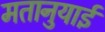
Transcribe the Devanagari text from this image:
मतानुयाई